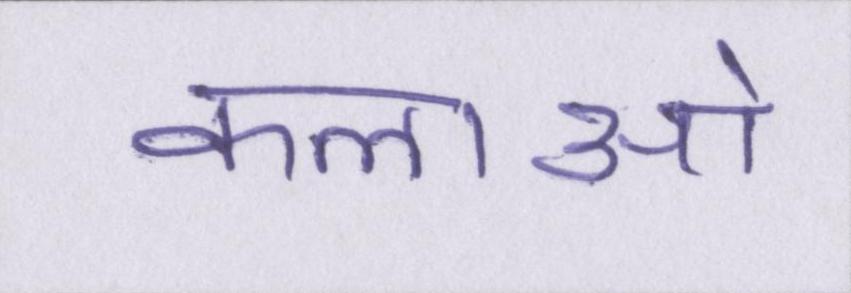
कलाओ